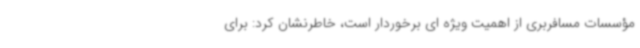
مؤسسات مسافربری از اهمیت ویژه ای برخوردار است، خاطرنشان کرد: برای